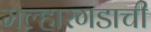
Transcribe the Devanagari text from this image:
मल्हारगडाची